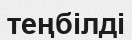
теңбілді